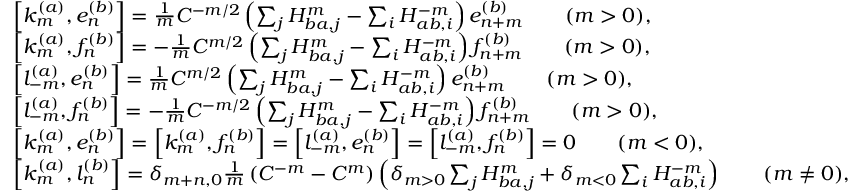
\begin{array} { r l } & { \left[ k _ { m } ^ { ( a ) } , e _ { n } ^ { ( b ) } \right] = \frac { 1 } { m } C ^ { - m / 2 } \left( \sum _ { j } H _ { b a , j } ^ { m } - \sum _ { i } H _ { a b , i } ^ { - m } \right) e _ { n + m } ^ { ( b ) } \qquad ( m > 0 ) , } \\ & { \left[ k _ { m } ^ { ( a ) } , f _ { n } ^ { ( b ) } \right] = - \frac { 1 } { m } C ^ { m / 2 } \left( \sum _ { j } H _ { b a , j } ^ { m } - \sum _ { i } H _ { a b , i } ^ { - m } \right) f _ { n + m } ^ { ( b ) } \qquad ( m > 0 ) , } \\ & { \left[ l _ { - m } ^ { ( a ) } , e _ { n } ^ { ( b ) } \right] = \frac { 1 } { m } C ^ { m / 2 } \left( \sum _ { j } H _ { b a , j } ^ { m } - \sum _ { i } H _ { a b , i } ^ { - m } \right) e _ { n + m } ^ { ( b ) } \qquad ( m > 0 ) , } \\ & { \left[ l _ { - m } ^ { ( a ) } , f _ { n } ^ { ( b ) } \right] = - \frac { 1 } { m } C ^ { - m / 2 } \left( \sum _ { j } H _ { b a , j } ^ { m } - \sum _ { i } H _ { a b , i } ^ { - m } \right) f _ { n + m } ^ { ( b ) } \qquad ( m > 0 ) , } \\ & { \left[ k _ { m } ^ { ( a ) } , e _ { n } ^ { ( b ) } \right] = \left[ k _ { m } ^ { ( a ) } , f _ { n } ^ { ( b ) } \right] = \left[ l _ { - m } ^ { ( a ) } , e _ { n } ^ { ( b ) } \right] = \left[ l _ { - m } ^ { ( a ) } , f _ { n } ^ { ( b ) } \right] = 0 \qquad ( m < 0 ) , } \\ & { \left[ k _ { m } ^ { ( a ) } , l _ { n } ^ { ( b ) } \right] = \delta _ { m + n , 0 } \frac { 1 } { m } \left( C ^ { - m } - C ^ { m } \right) \left( \delta _ { m > 0 } \sum _ { j } H _ { b a , j } ^ { m } + \delta _ { m < 0 } \sum _ { i } H _ { a b , i } ^ { - m } \right) \qquad ( m \neq 0 ) , } \end{array}